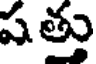
ష త్తు